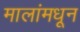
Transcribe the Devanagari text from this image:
मालांमधून